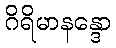
ဂိရိမာနန္ဒော